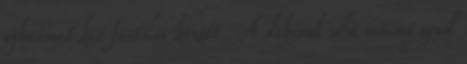
ajkaimat két füstölés között. A dokival soha semmi gond